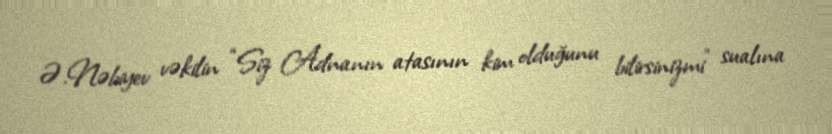
Ə.Nəbiyev vəkilin “Siz Adnanın atasının kim olduğunu bilirsinizmi” sualına